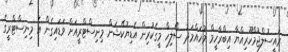
ރައީސުލްޖުމްހޫރިއްޔާ އިބްރާހީމް މުހައްމަދު ސޯލިހް މީގެކުރިން އެޑިޔުކޭޝަން މިނިސްޓްރީއަށް ވަޑައިގެން އެ މިނިސްޓްރީގެ